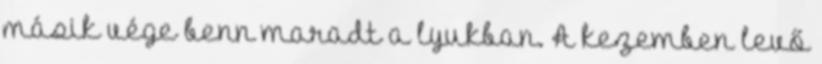
másik vége benn maradt a lyukban. A kezemben levő